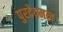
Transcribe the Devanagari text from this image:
पुरदेवमल